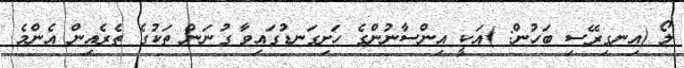
ލޯ (އިނގިރޭސި ބަހުން: )އަކީ އިންސާނުންގެ ހަށިގަނޑުގައިވާ ގުނަން ތަކުގެ ތެރެއިން އެންމެ